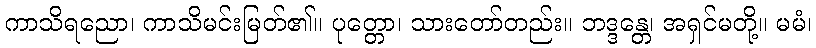
ကာသိရညော၊ ကာသိမင်းမြတ်၏။ ပုတ္တော၊ သားတော်တည်း။ ဘဒ္ဒန္တေ၊ အရှင်မတို့။ မမံ၊